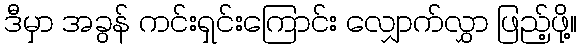
ဒီမှာ အခွန် ကင်းရှင်းကြောင်း လျှောက်လွှာ ဖြည့်ဖို့။